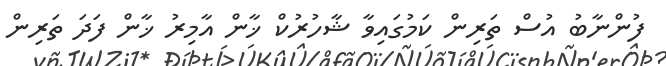
ފުންނާބު އުސް ތަރިން ކަމުގައިވާ ޝާހުރުކް ޚާން އާމިރު ޚާން ފަދަ ތަރިން